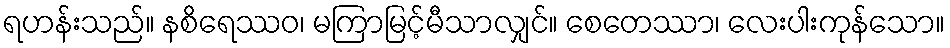
ရဟန်းသည်။ နစိရေဿဝ၊ မကြာမြင့်မီသာလျှင်။ စေတေဿာ၊ လေးပါးကုန်သော။